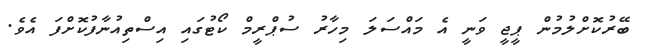
ބޭރުކޮށްލުމުން ޕީޖީ ވަނީ އެ މައްސަލަ މިހާރު ސުޕްރީމް ކޯޓުގައި އިސްތިއުނާފުކޮށްފަ އެވެ.